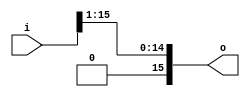
module Rshift#(parameter N=16)(
  input [N-1:0] i,
  
  output [N-1:0] o
);
  //j=$size(divisor);
  assign o[N-1] = 1'b0;
 
  
  assign o[N-1:0] = i[N-1:1];
  
endmodule
module nbitshift#(parameter N=16)(
  input [N-1:0] D,
  input [N-1:0] d,
  output [N-1:0][N-1:0] o
);
  
  
  
  genvar i;
  bit [N-1:0]temp2[N];
  bit [N-1:0]temp3[N];
  
  assign temp3[0]=D;
  //assign temp2[0]=d[0]?D:0;
  assign o[0]=temp3[0];
  generate 
    for(i=1;i<N;i++)begin
      
      Rshift R(
        .i(temp3[i-1]),
        .o(temp3[i])
  );
      
     // assign temp2[i]=d[i]?temp3[i]:0;
      assign o[i]=temp3[i];
      
    end
  endgenerate
  
endmodule